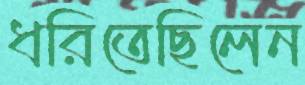
ধরিতেছিলেন